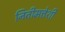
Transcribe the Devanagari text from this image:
नितीमत्तेशी